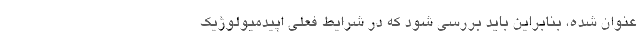
عنوان شده، بنابراین باید بررسی شود که در شرایط فعلی اپیدمیولوژیک